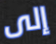
إلى